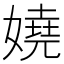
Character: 嬈